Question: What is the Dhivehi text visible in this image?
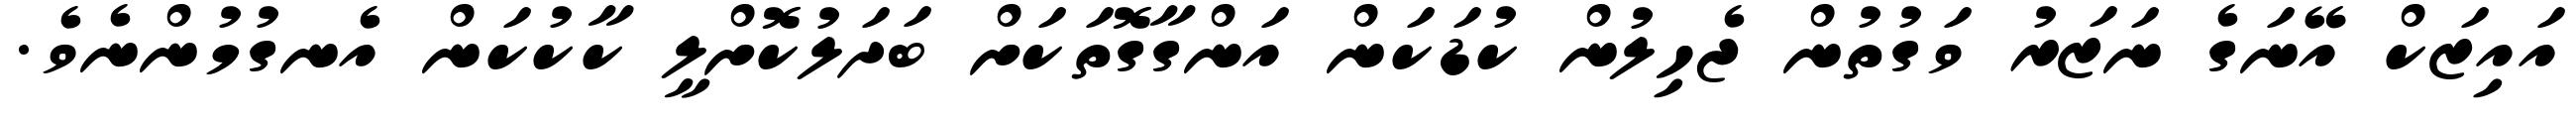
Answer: އައިޒަކް އޭނަގެ ނަޒަރު ވަގުތުން ޖެހިލުން ކުޑަކަން އަންގާގޮތަކަށް ބަދަލުކޮށްލީ ކާކުކަން އެނގުމުންނެވެ.